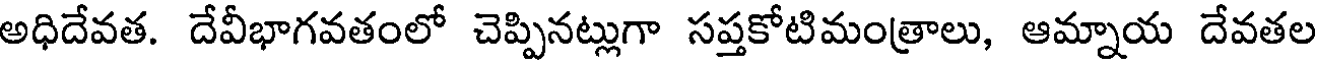
అధిదేవత. దేవీభాగవతంలో చెప్పినట్లుగా సప్తకోటిమంత్రాలు, ఆమ్నాయ దేవతల